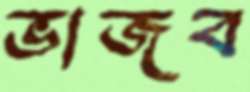
ভাজব